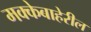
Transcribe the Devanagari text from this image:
मक्केबाहेरील